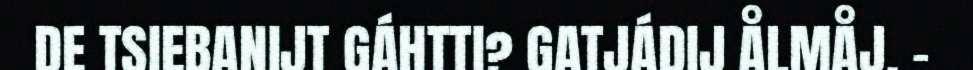
DE TSIEBANIJT GÁHTTI? GATJÁDIJ ÅLMÅJ. –